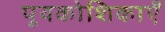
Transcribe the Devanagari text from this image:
पूयकोशिकाएँ